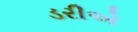
ડરીએ